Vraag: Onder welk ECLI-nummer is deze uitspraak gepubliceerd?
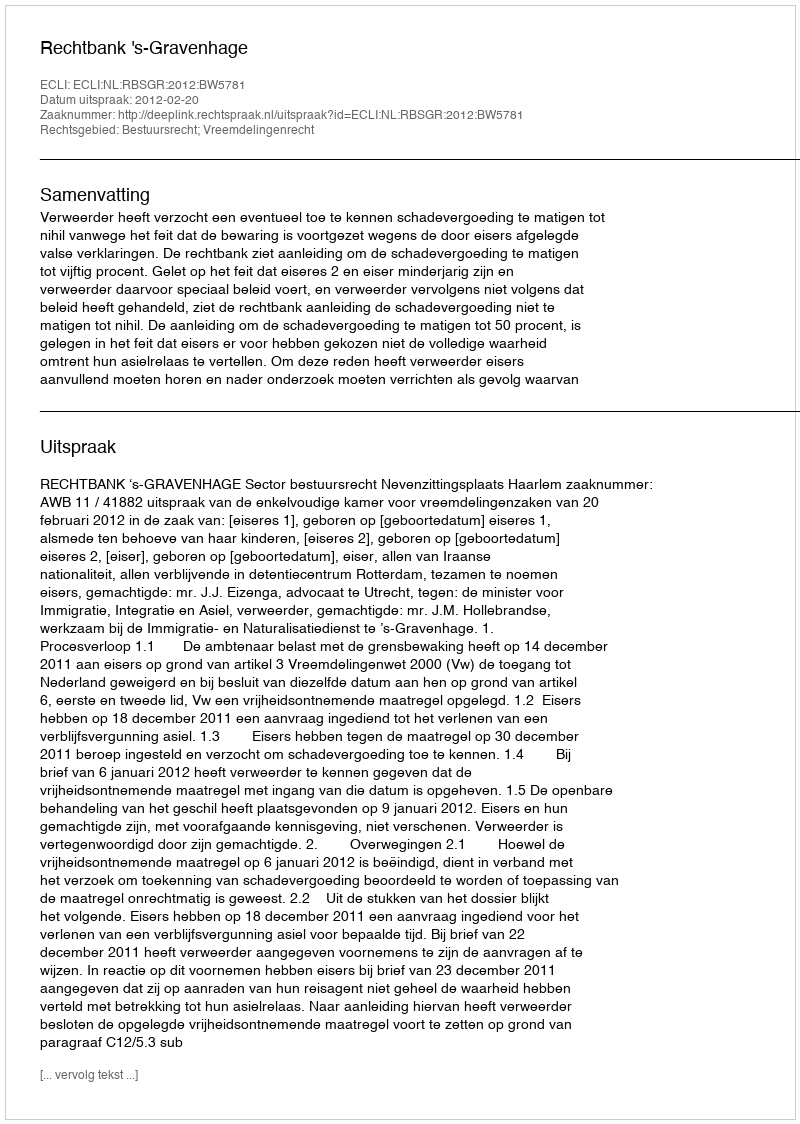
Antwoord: ECLI:NL:RBSGR:2012:BW5781